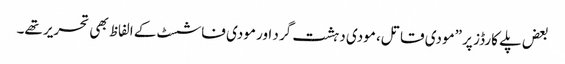
بعض پلے کارڈز پر ”مودی قاتل، مودی دہشت گرد اور مودی فاشسٹ کے الفاظ بھی تحریر تھے۔